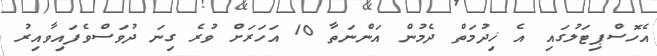
އެހޮސްޕިޓަލުގައި އެ ޚިދުމަތް ދެމުން އަންނަތާ 10 އަހަރަށް ވުރެ ގިނަ ދުވަސްވެފައިވާއިރު